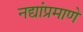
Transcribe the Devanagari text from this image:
नद्यांप्रमाणे